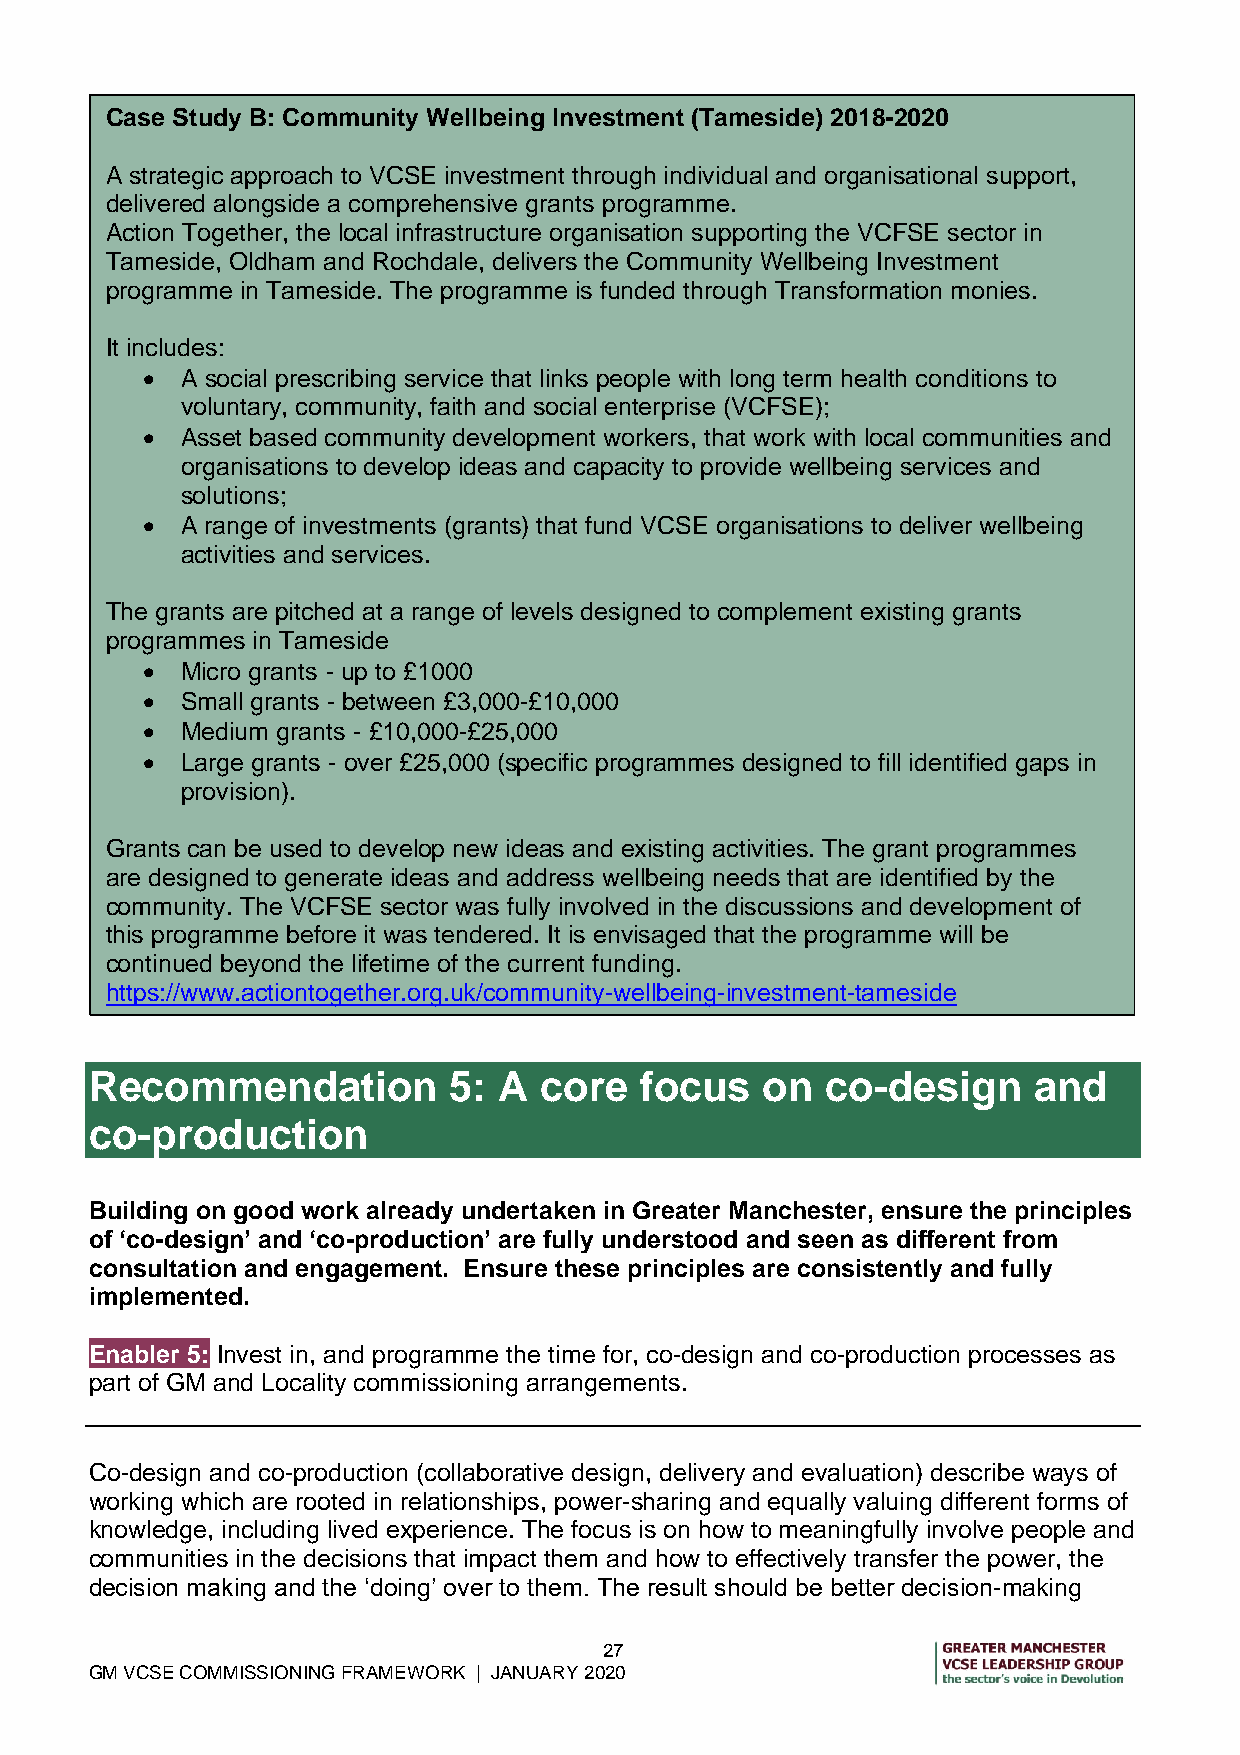
Case Study B: Community Wellbeing Investment (Tameside) 2018-2020
 A strategic approach to VCSE investment through individual and organisational support,
 delivered alongside a comprehensive grants programme.
 Action Together, the local infrastructure organisation supporting the VCFSE sector in
 Tameside, Oldham and Rochdale, delivers the Community Wellbeing Investment
 programme in Tameside. The programme is funded through Transformation monies.
 It includes:
   A social prescribing service that links people with long term health conditions to
 voluntary, community, faith and social enterprise (VCFSE);
   Asset based community development workers, that work with local communities and
 organisations to develop ideas and capacity to provide wellbeing services and
 solutions;
   A range of investments (grants) that fund VCSE organisations to deliver wellbeing
 activities and services.
 The grants are pitched at a range of levels designed to complement existing grants
 programmes in Tameside
   Micro grants - up to £1000
   Small grants - between £3,000-£10,000
   Medium grants - £10,000-£25,000
   Large grants - over £25,000 (specific programmes designed to fill identified gaps in
 provision).
 Grants can be used to develop new ideas and existing activities. The grant programmes
 are designed to generate ideas and address wellbeing needs that are identified by the
 community. The VCFSE sector was fully involved in the discussions and development of
 this programme before it was tendered. It is envisaged that the programme will be
 continued beyond the lifetime of the current funding.
 https://www.actiontogether.org.uk/community-wellbeing-investment-tameside
 Recommendation          5: A  core  focus   on   co-design    and
 co-production
 Building on good work already undertaken in Greater Manchester, ensure the principles
 of ‘co-design’ and ‘co-production’ are fully understood and seen as different from
 consultation and engagement. Ensure these principles are consistently and fully
 implemented.
 Enabler 5: Invest in, and programme the time for, co-design and co-production processes as
 part of GM and Locality commissioning arrangements.
 Co-design and co-production (collaborative design, delivery and evaluation) describe ways of
 working which are rooted in relationships, power-sharing and equally valuing different forms of
 knowledge, including lived experience. The focus is on how to meaningfully involve people and
 communities in the decisions that impact them and how to effectively transfer the power, the
 decision making and the ‘doing’ over to them. The result should be better decision-making
 27
 GM VCSE COMMISSIONING FRAMEWORK | JANUARY 2020